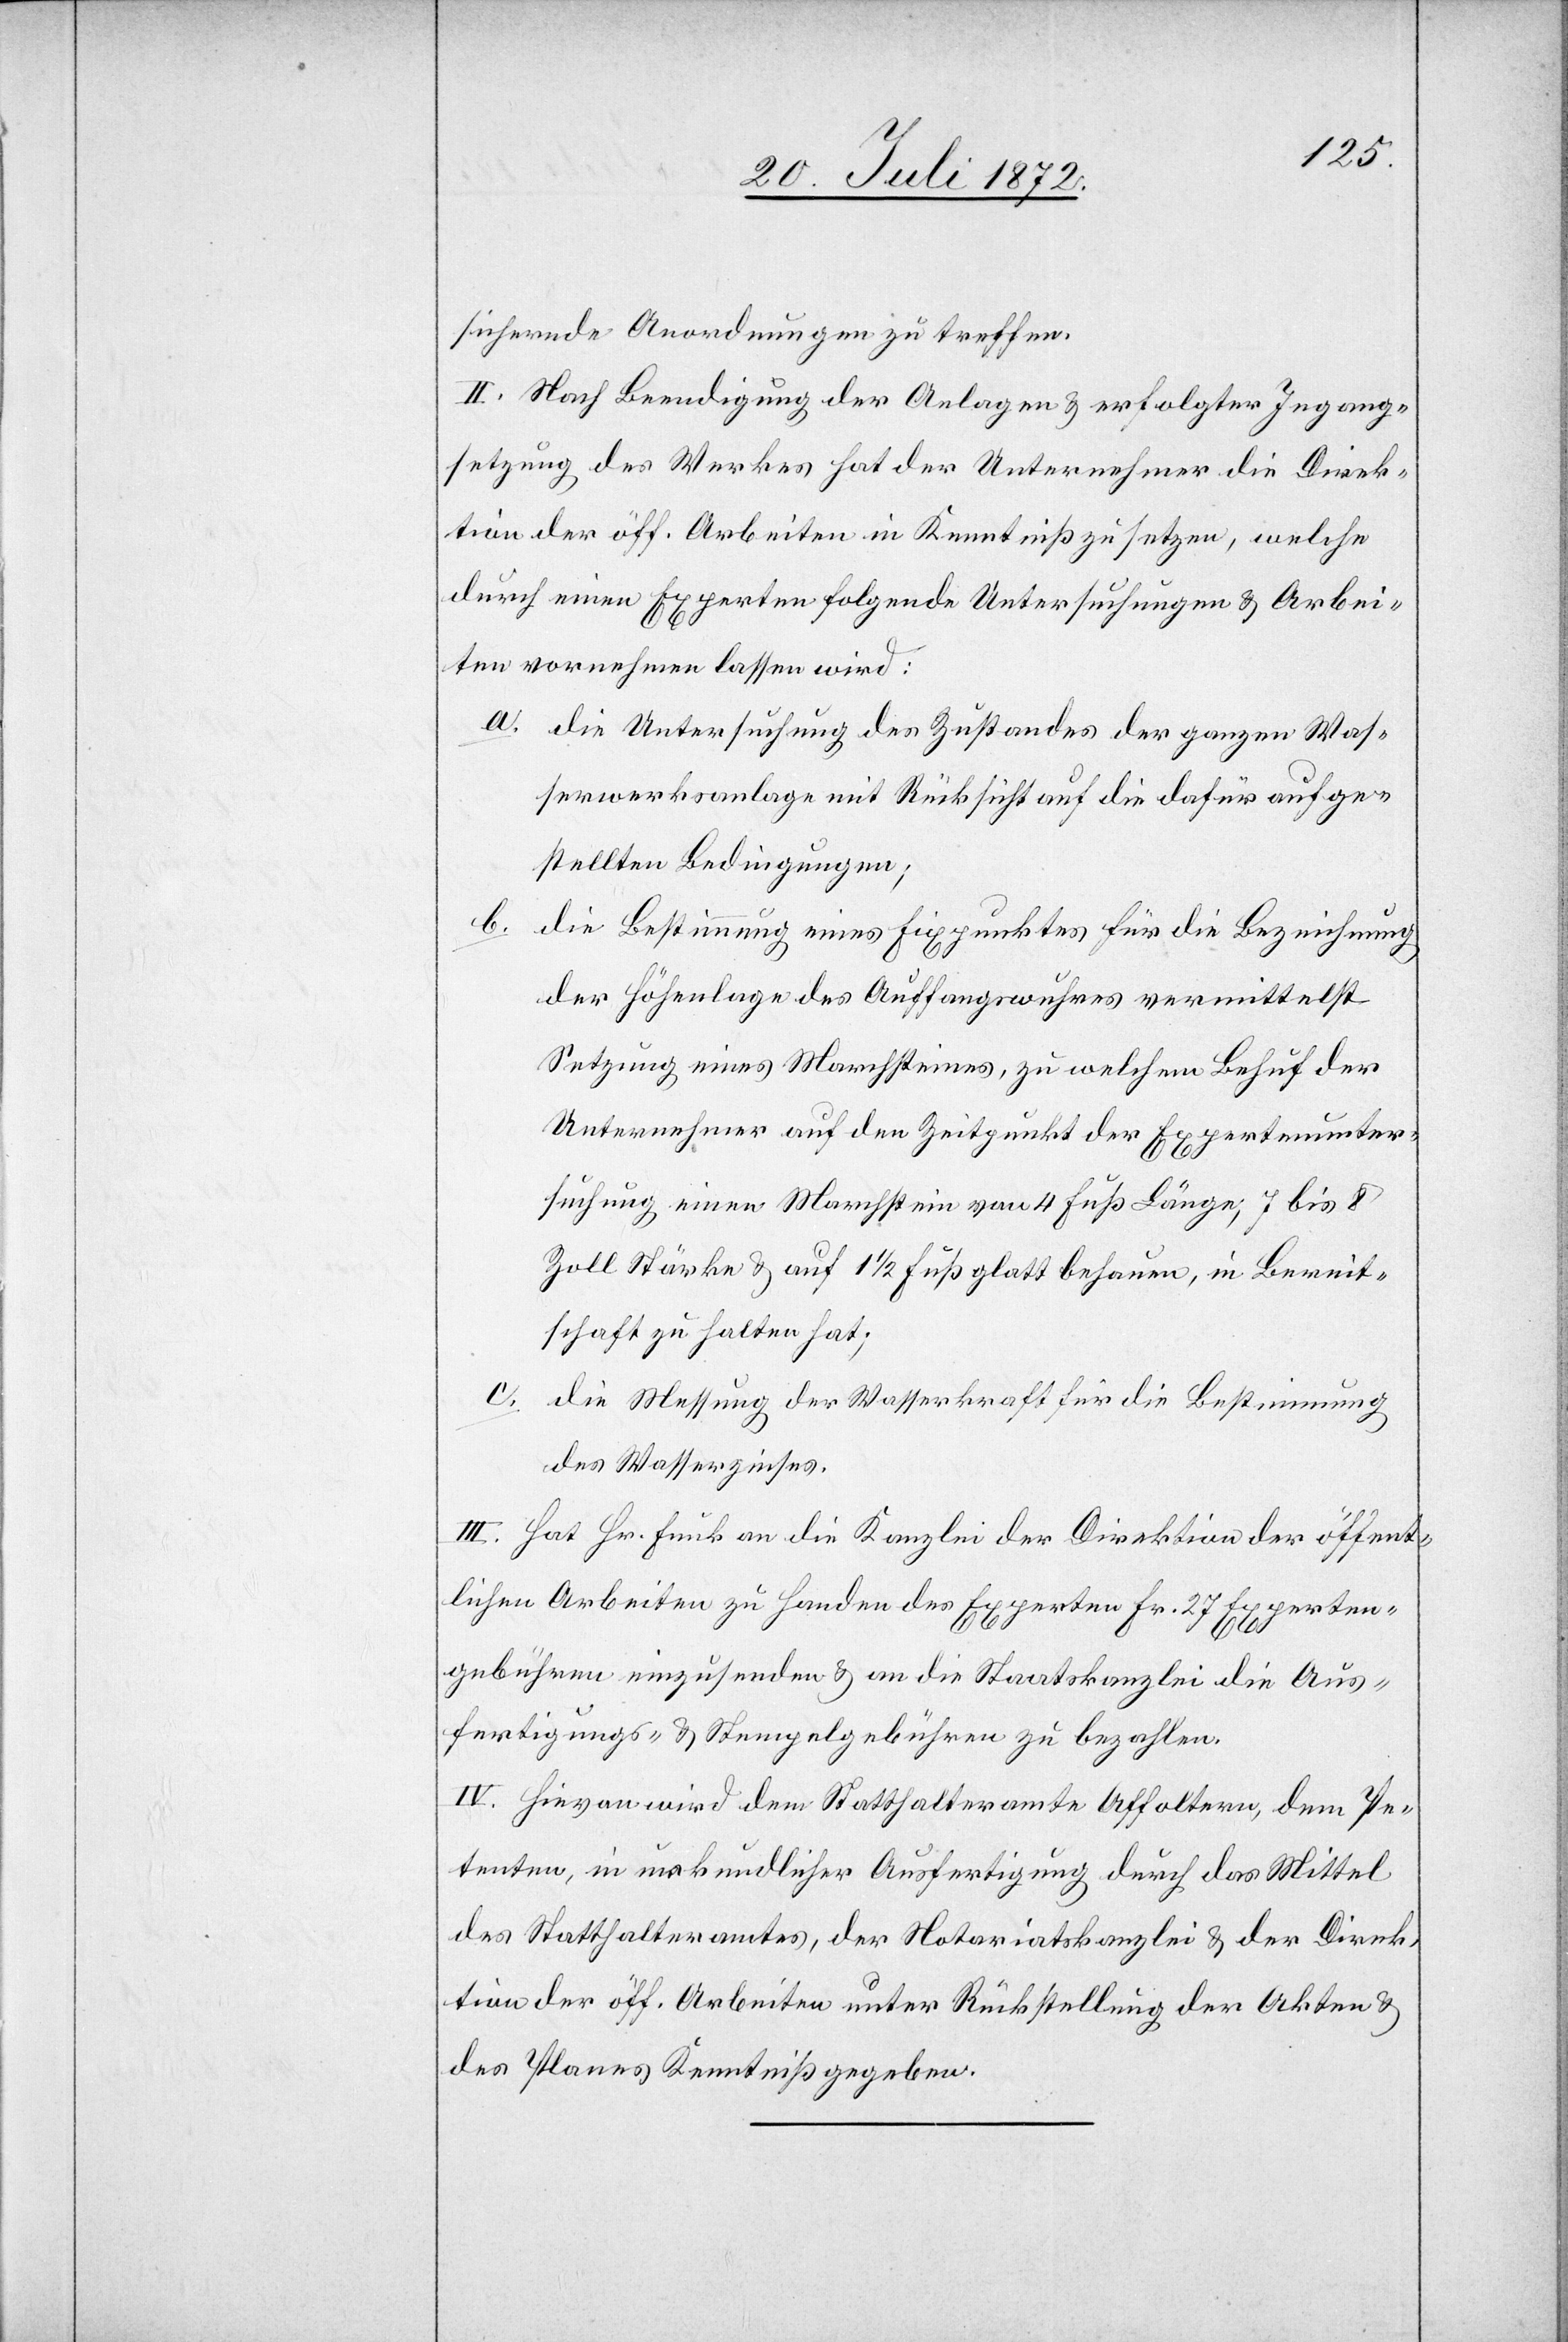
sichernde Anordnungen zu treffen.
II. Nach Beendigung der Anlage u. erfolgter Ingang¬
setzung des Werkes hat der Unternehmer die Direk¬
tion der öff. Arbeiten in Kenntniß zu setzen, welche
durch einen Experten folgende Untersuchungen u. Arbei¬
ten vornehmen lassen wird:
a. die Untersuchung des Zustandes der ganzen Was¬
serwerksanlage mit Rücksicht auf die dafür aufge¬
stellten Bedingungen;
b. die Bestimmung eines Fixpunktes für die Bezeichnung
der Höhenlage des Auffangswuhres vermittelst
Setzung eines Marchsteines, zu welchem Behuf der
Unternehmer auf den Zeitpunkt der Expertenunter¬
suchung einen Marchstein von 4 Fuß Länge, 7 bis 8
Zoll Stärke u. auf 1 1/2 Fuß glatt behauen, in Bereit¬
schaft zu halten hat;
c. die Messung der Wasserkraft für die Bestimmung
des Wasserzinses.
III. Hat Hr. Funk an die Kanzlei der Direktion der öffent¬
lichen Arbeiten zu Handen des Experten Fr. 27 Experten¬
gebühren einzusenden u. an die Staatskanzlei die Aus¬
fertigungs- u. Stempelgebühren zu bezahlen.
IV. Hievon wird dem Statthalteramte Affoltern, dem Pe¬
tenten, in urkundlicher Ausfertigung durch das Mittel
des Statthalteramtes, der Notariatskanzlei u. der Direk¬
tion der öff. Arbeiten unter Rückstellung der Akten u.
des Planes Kenntniß gegeben.